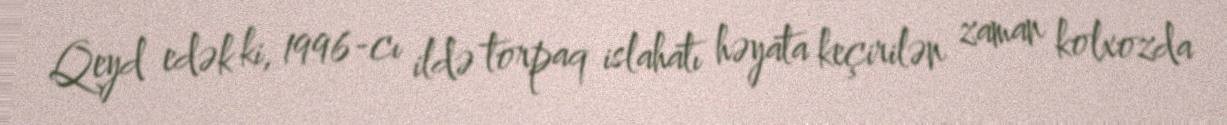
Qeyd edək ki, 1996-cı ildə torpaq islahatı həyata keçirilən zaman kolxozda